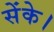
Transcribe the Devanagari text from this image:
सेंके।